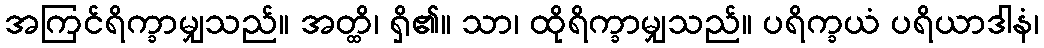
အကြင်ရိက္ခာမျှသည်။ အတ္ထိ၊ ရှိ၏။ သာ၊ ထိုရိက္ခာမျှသည်။ ပရိက္ခယံ ပရိယာဒါနံ၊